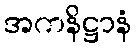
အကနိဋ္ဌာနံ